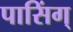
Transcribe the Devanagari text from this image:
पासिंग्